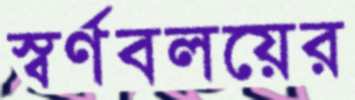
স্বর্ণবলয়ের